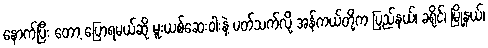
နောက်ပြီး တော့ ပြောရမယ်ဆို မူးယစ်ဆေးဝါးနဲ့ ပတ်သက်လို့ အန်ကယ်တို့က ပြည်နယ်၊ ခရိုင်၊ မြို့နယ်၊